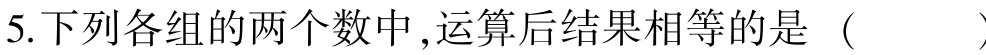
5.下列各组的两个数中,运算后结果相等的是（  ）